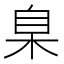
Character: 臬